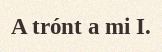
A trónt a mi I.